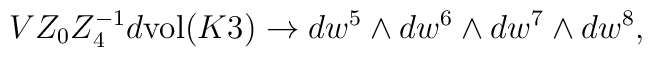
VZ_{0}Z_{4}^{-1}d{\rm vol}(K3)\to dw^{5}\wedge dw^{6}\wedge dw^{7}\wedge dw^{8},